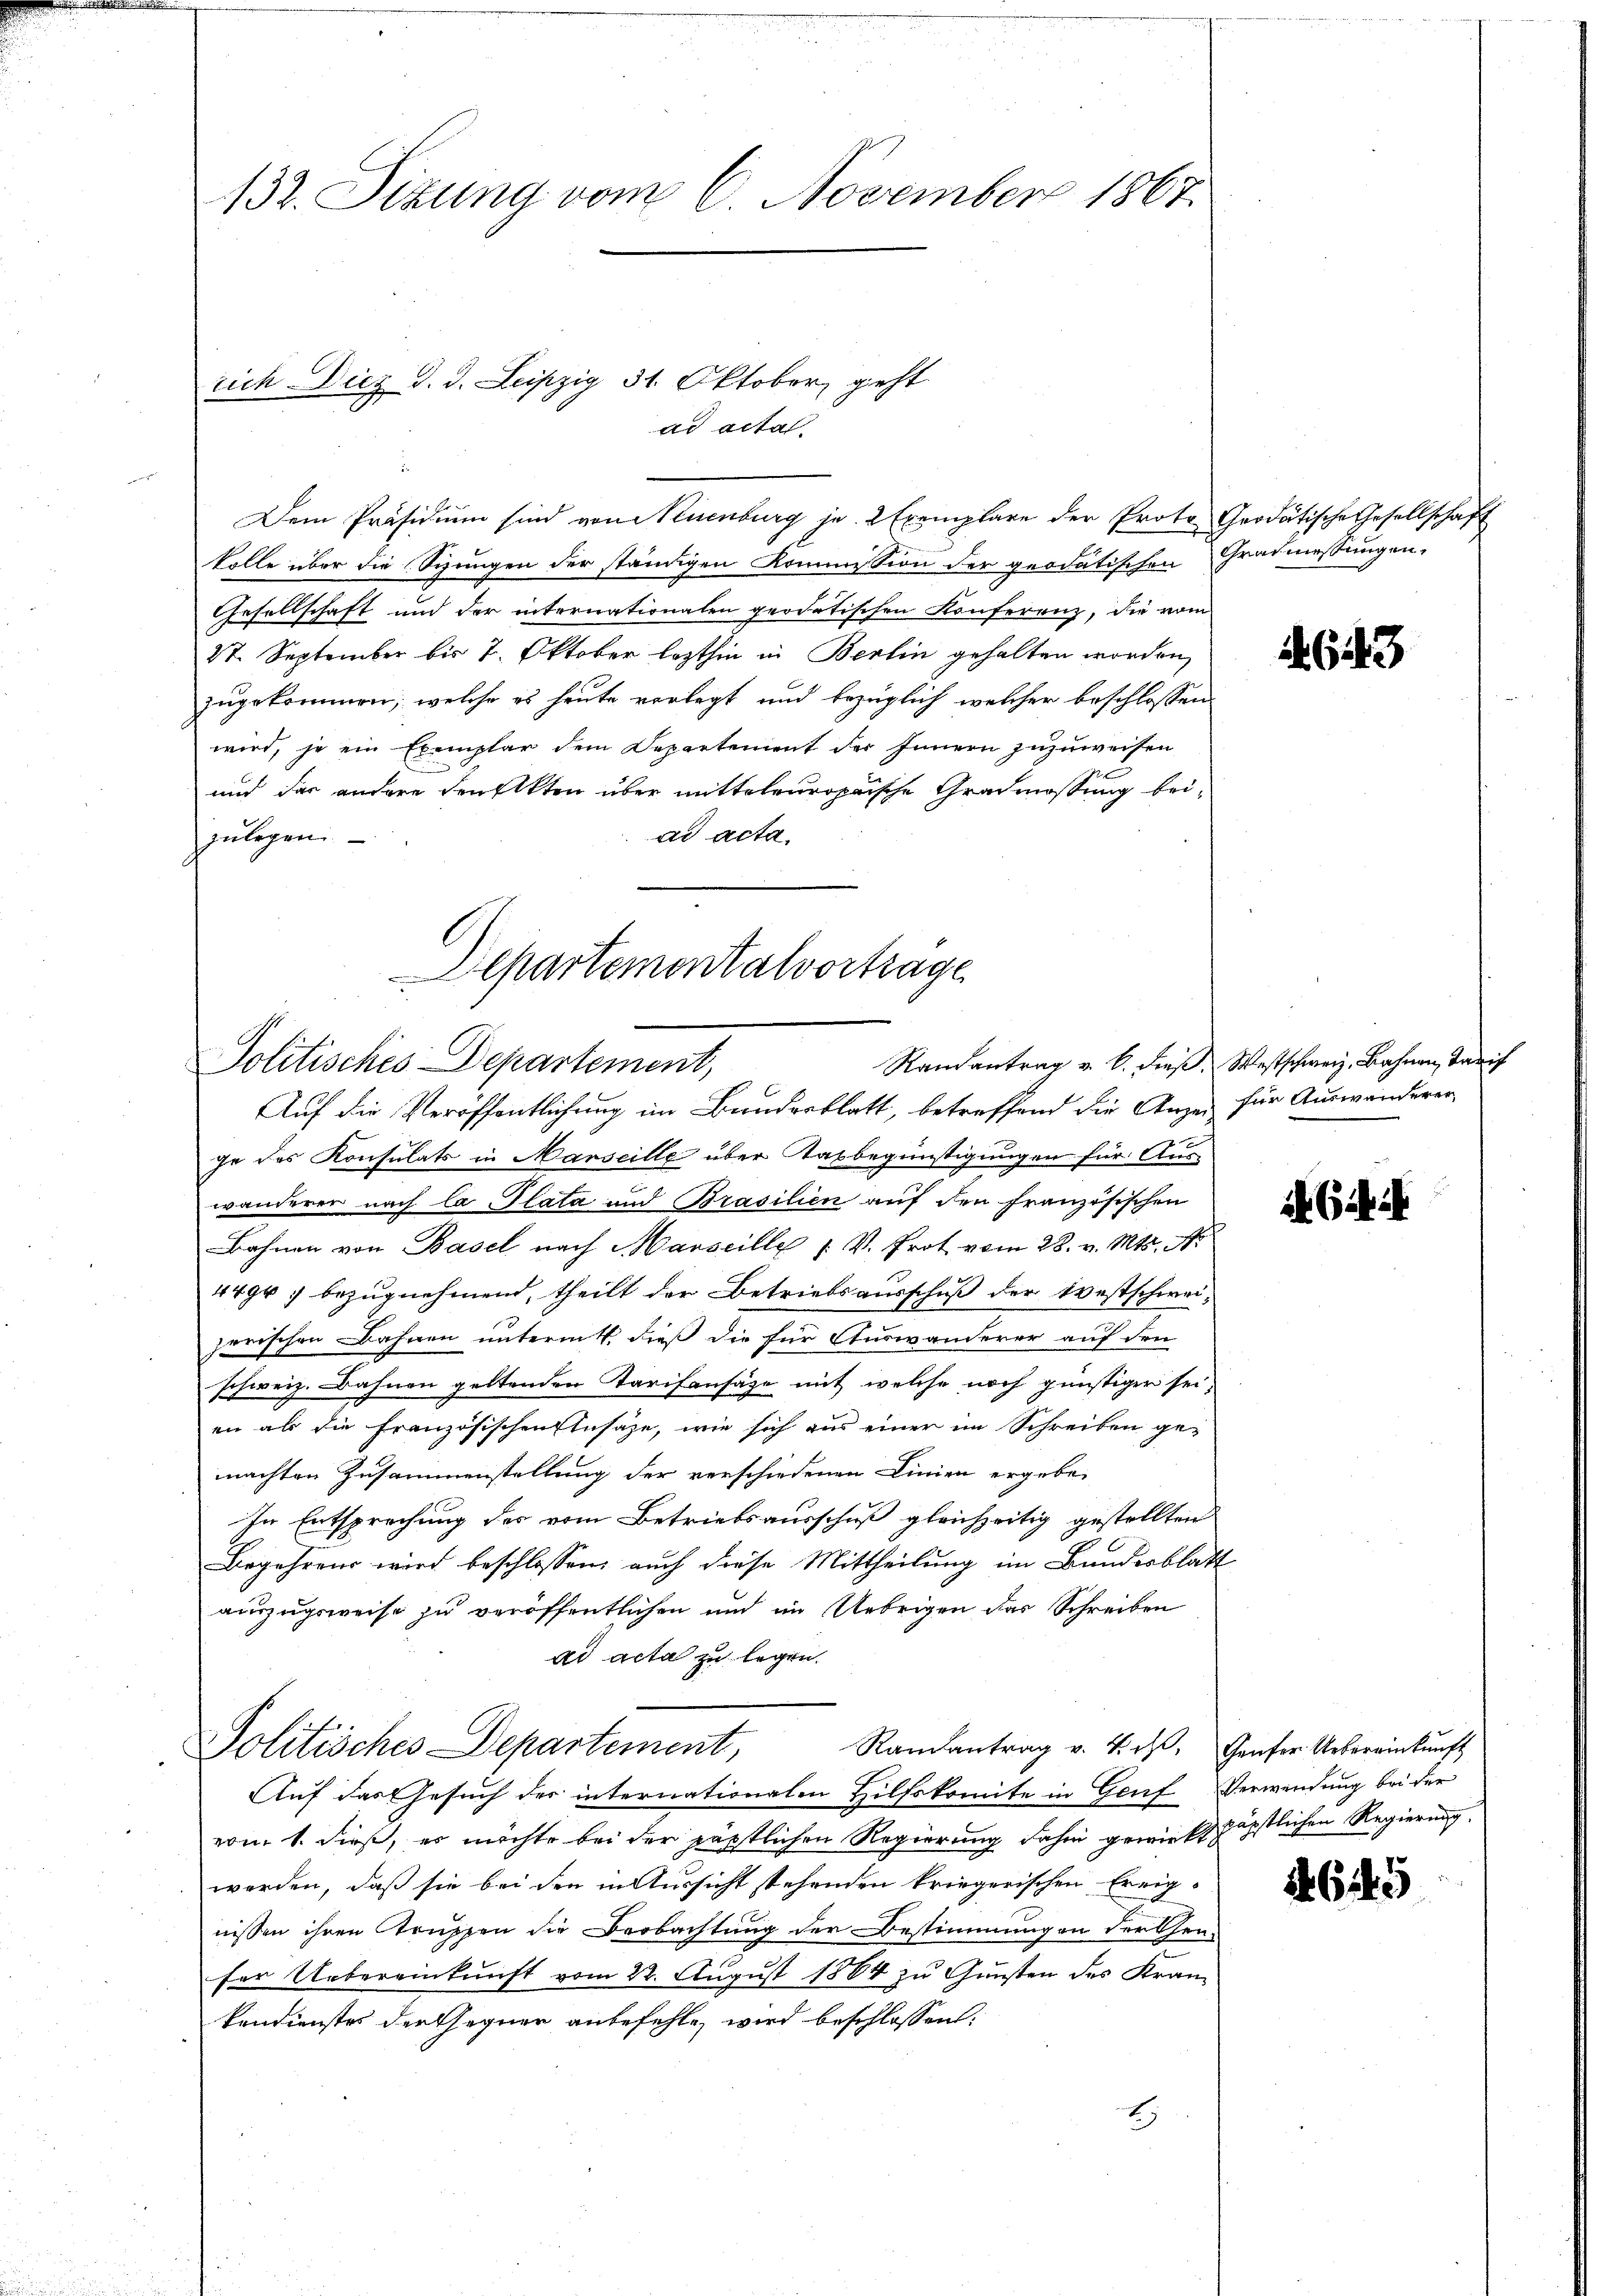
132. Sizung vom 6. November 1867.

rich Diez d. d. Leipzig 31. Oktober geht.

kolle über die Sizungen der ständigen Kommission der geodatischen Gradmessungen,
Gesellschaft und der internationalen geodatischen Konferenz, die vom
27. September bis 7. Oktober lezthin in Bertin gehalten worden,
zugekommen, welche es heute vorlegt und bezüglich welcher beschlossen
wird, je ein Exemplar dem Departement der Innern zuzuweisen
und das andere druckten über mitteleuropaische Gradmossung beiad acta.
zulegen.
Departemontalvortrage

Dem Präsidium sind von Neuenburg je 2 Exemplare der Proto-Grodätische Gesellschaft

Politisches Departement,

Auf die Veröffentlichung im Bundesblatt, betreffend die Anzei für Auswanderer
ge des Konsulats in Marseille über Tatbegünstigungen für Aus-
wanderer nach Ca Plata und Brasilien auf den französischen
Bahnen von Basel nach Marseille ( V. Prot vom 28. v. Mts.
4494 bezugnehmend, theilt der Betriebsausschuß der testschwei-
zerischen Bahnen untermit dieß die für Auswanderer auf den
schweiz. Bahnen geltenden Tarifensäze mit welche noch günstigen sei,
en als die französischen Einsäze, wie sich aus einer im Schreiben ge-
machten Zusammenstellung der verschiedenen Linien ergebe
In Entsprechung des vom Betriebsausschuß gleichzeitig gestellten
Begehrens wird beschlossen, auch diese Mittheilung im Bundesblatt
auszugsweise zu veröffentlichen und im Uebrigen das Schreiben
ad acta zu legen.
Randantrag v. 4. ß. Genfer Uebereinkunft
Politisches Departement,
Auf das Gesuch der internationalen Hilfskomite in Genf Verwendung bei der
vom 1. dieß, es möchte bei der päpstlichen Regierung dahin gewirkt päpstlichen Regierung.
werden, daß sie bei den in Aussicht stehenden kriegerischen Ereignissen ihren Struppen die Beobachtung der Bestimmungen der Cen-
ser Uebereinkunft vom 22. August 1884 zu Gunsten des Kram
kendienstes der Gegner anbefehle, wird beschlossen:
)

ad actal-

643

Randantrag u. k. Fieß. Westschweiz, Bahnen Tarif

i G.

4645